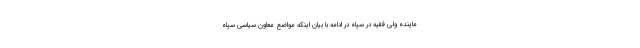
ماینده ولی فقیه در سپاه در ادامه با بیان اینکه مواضع معاون سیاسی سپاه